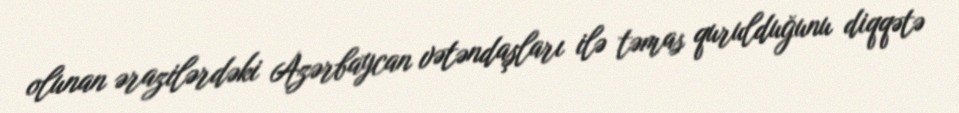
olunan ərazilərdəki Azərbaycan vətəndaşları ilə təmas qurulduğunu diqqətə